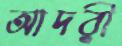
আদরী